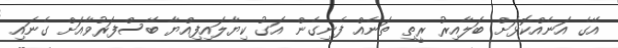
އޭގެ އަނެއްކޮޅަށް ބަލާއިރު ރީތި ތަނެއް ފެނިގެން އަގު ކިޔާލައިފިއްޔާ ބޭސްފަރުވާއަށް ގެނައި